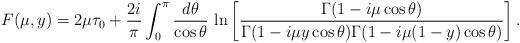
LaTeX: \begin{align*}F(\mu, y) = 2\mu\tau_0 + \frac{2i}{\pi} \int_0^\pi \frac{ d \theta}{\cos \theta}\, \ln \left[ \frac{\Gamma(1-i\mu \cos \theta)}{\Gamma(1-i\mu y \cos\theta)\Gamma(1-i\mu (1-y) \cos \theta)} \right].\end{align*}